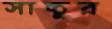
সাচ্চুর